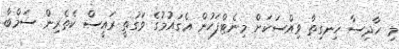
މި ހާދިސާ ހިނގިތާ ވިއްސަކަށް މިނެޓްފަހުން އެގައުމުގެ ވަގުތީ ރައީސް ކެތެރިން ސަމްބާ